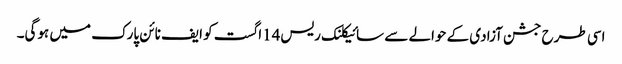
اسی طرح جشن آزادی کے حوالے سے سائیکلنک ریس14اگست کو ایف نائن پارک میں ہوگی۔